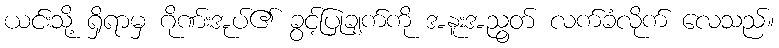
ယင်းသို့ ရှိရာမှ ဂိုဏ်းအုပ်၏ ခွင့်ပြုချက်ကို အနူးအညွတ် လက်ခံလိုက် လေသည်။